Elephants and their diseases
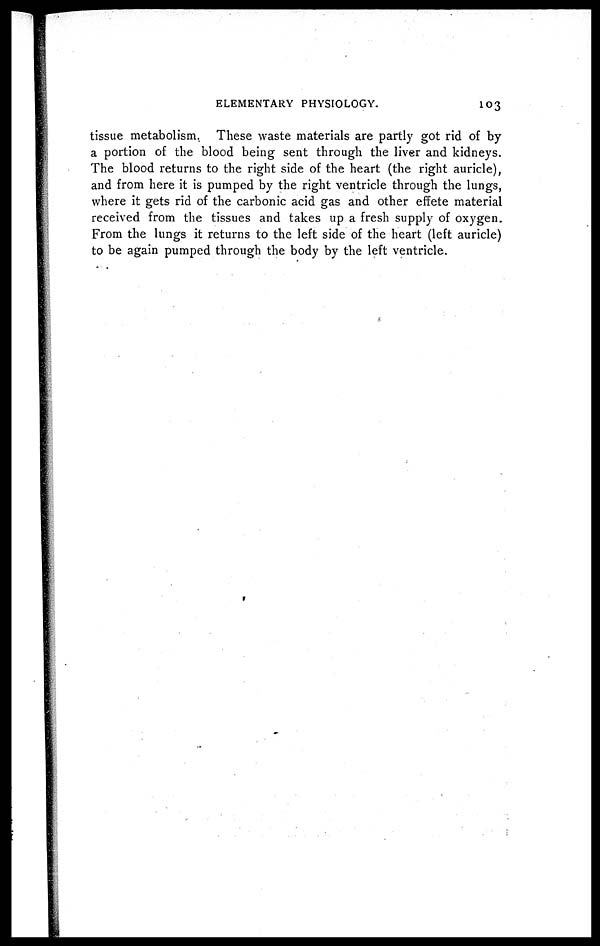
ELEMENTARY PHYSIOLOGY.
103
tissue metabolism. These waste materials are partly got rid of by
a portion of the blood being sent through the liver and kidneys.
The blood returns to the right side of the heart (the right auricle),
and from here it is pumped by the right ventricle through the lungs,
where it gets rid of the carbonic acid gas and other effete material
received from the tissues and takes up a fresh supply of oxygen.
From the lungs it returns to the left side of the heart (left auricle)
to be again pumped through the body by the left ventricle.